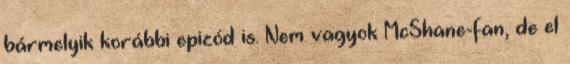
bármelyik korábbi epizód is. Nem vagyok McShane-fan, de el